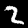
Digit: 2